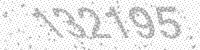
Solution: 132195